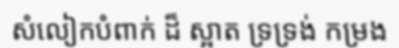
សំលៀកបំពាក់ ដ៏ ស្អាត ទ្រទ្រង់ កម្រង